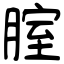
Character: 腟